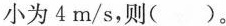
小为4m/s,则（ ）。